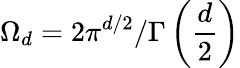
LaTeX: \Omega_{d}={2\pi^{d/2}}/{\Gamma\left(\frac{d}{2}\right)}